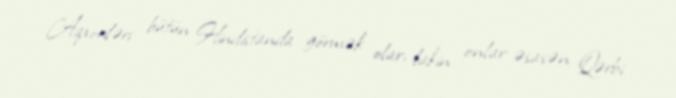
Aqxoriləri bütün Hindistanda görmək olar, lakin onlar əsasən Qərbi